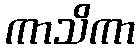
ကာသိကာ